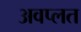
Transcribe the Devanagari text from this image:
अवप्लत